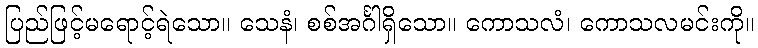
ပြည်ဖြင့်မရောင့်ရဲသော။ သေနံ၊ စစ်အင်္ဂါရှိသော။ ကောသလံ၊ ကောသလမင်းကို။